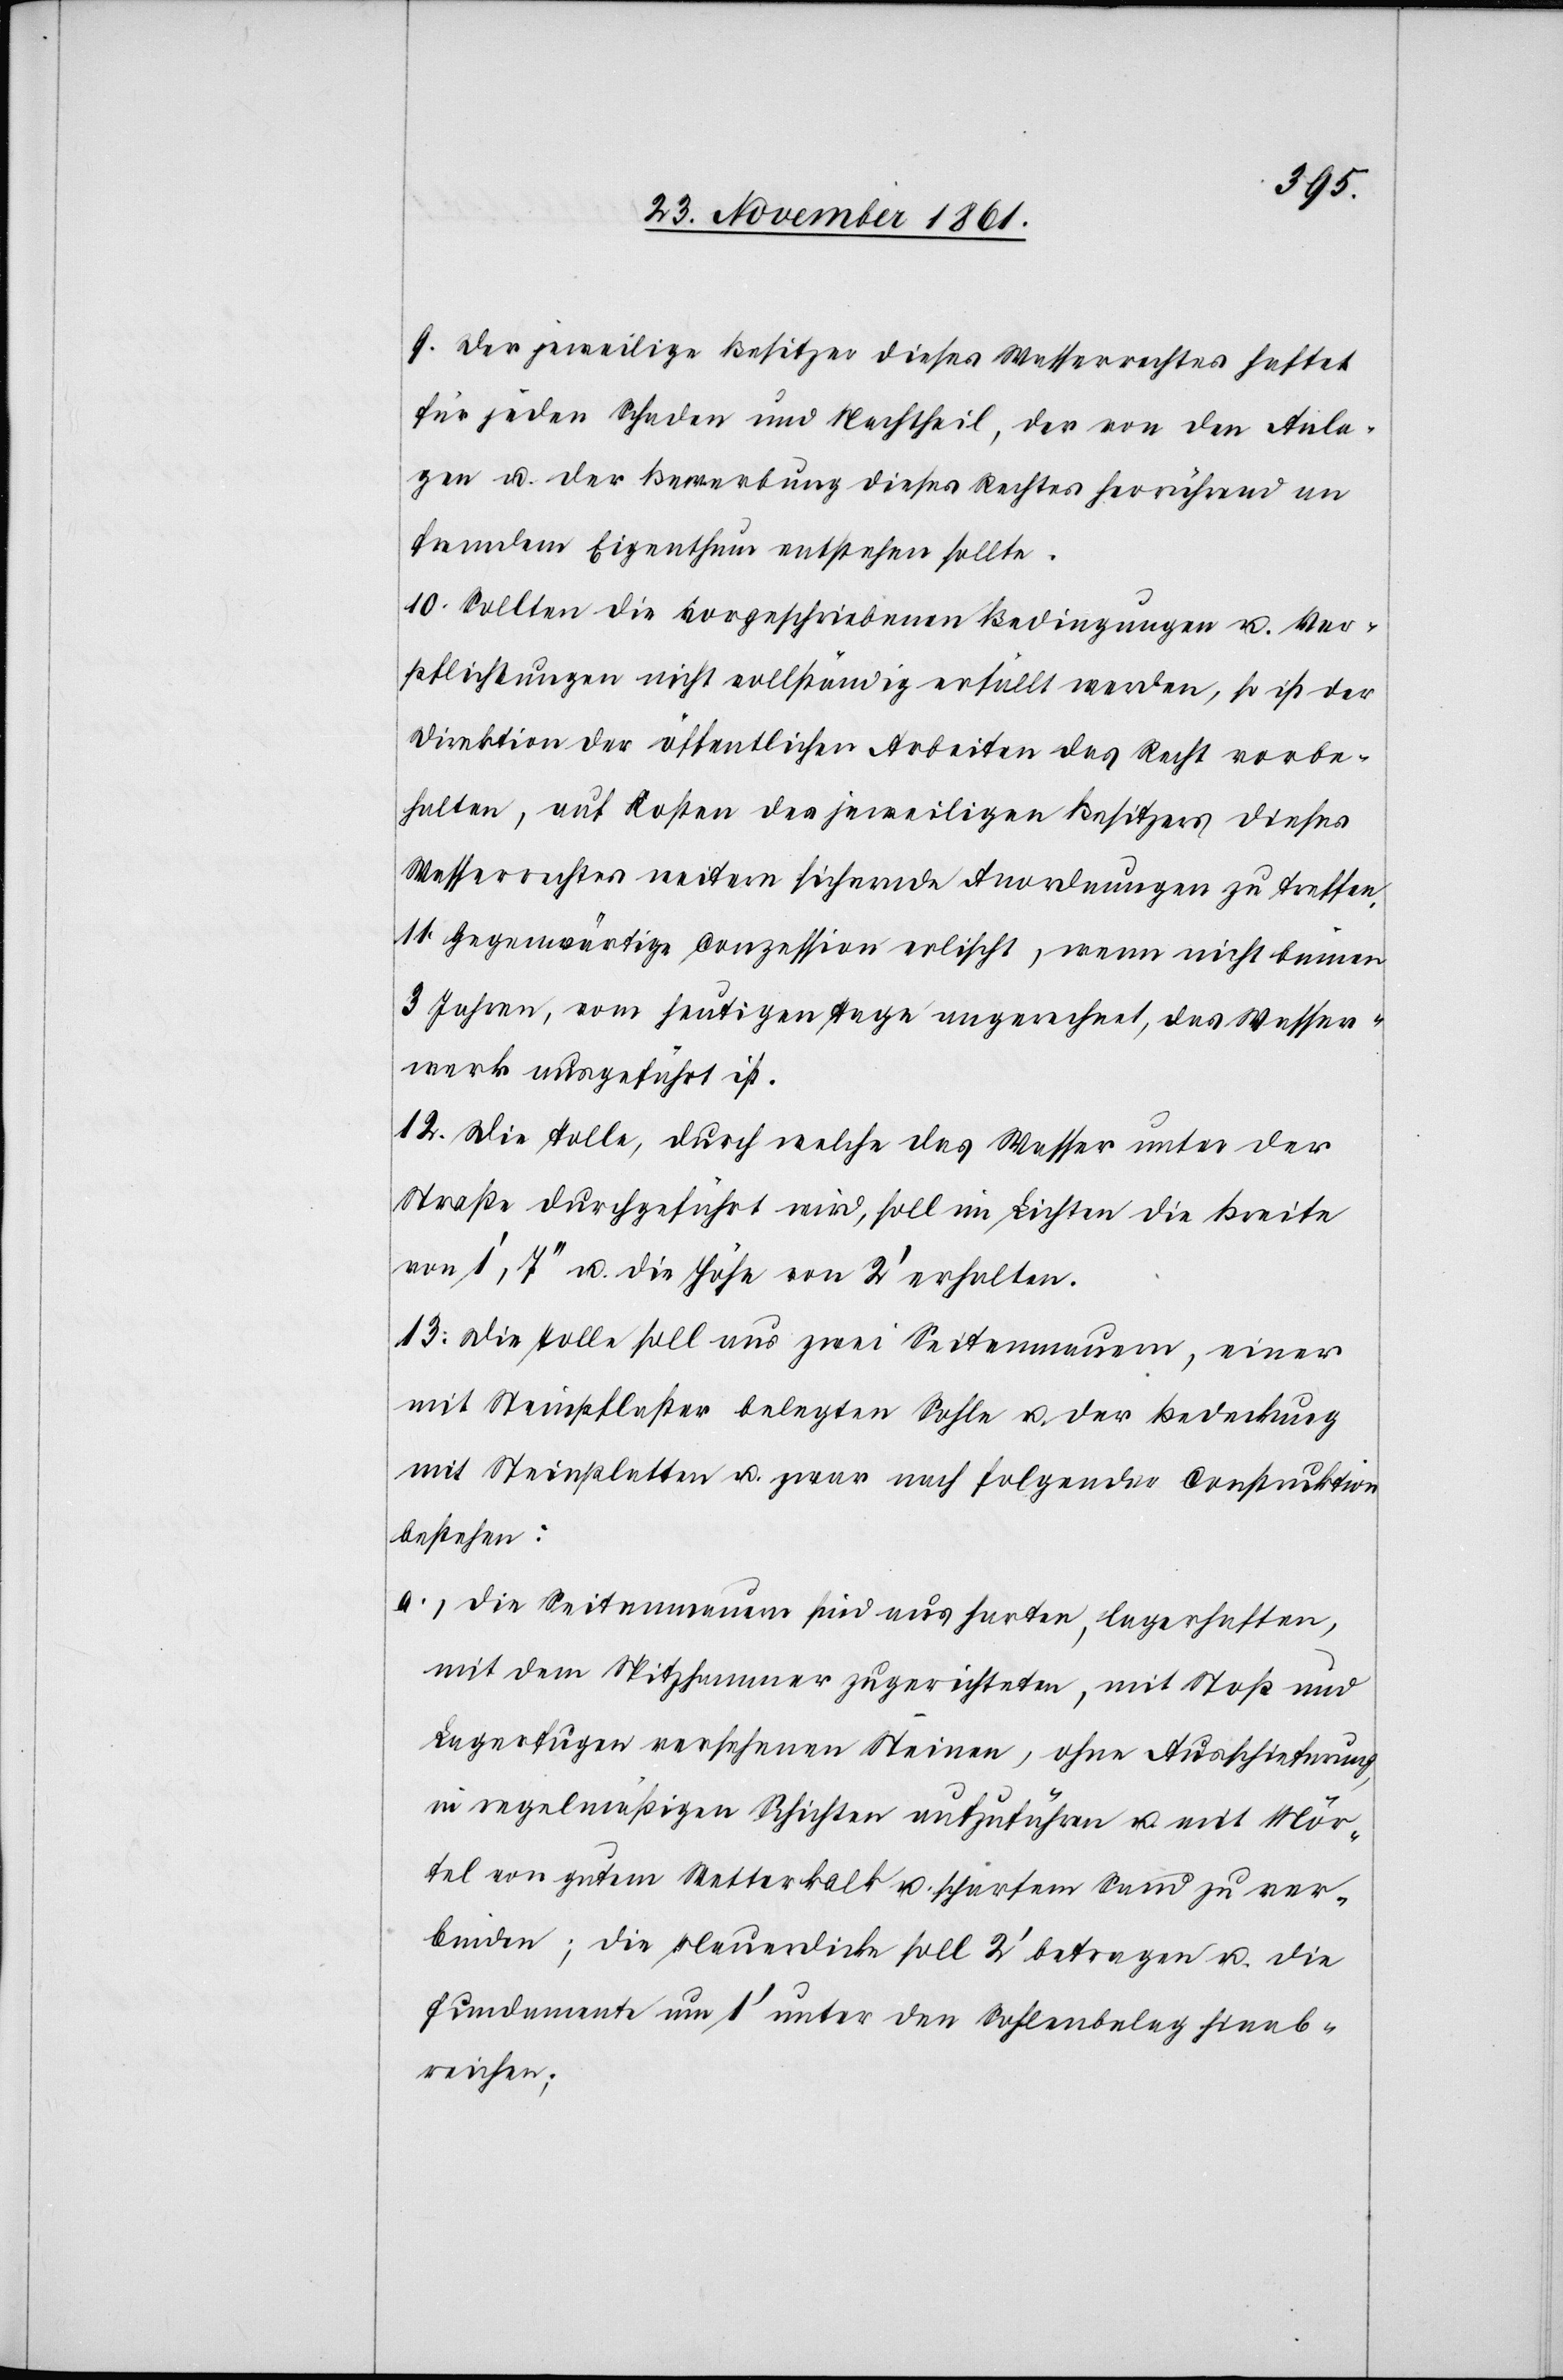
9. Der jeweilige Besitzer dieses Wasserrechtes haftet
für jeden Schaden und Nachtheil, der von den Anla¬
gen u. der Bewerbung dieses Rechtes herrührend an
fremdem Eigenthum entstehen sollte.
10. Sollten die vorgeschriebenen Bedingungen u. Ver¬
pflichtungen nicht vollständig erfüllt werden, so ist der
Direktion der öffentlichen Arbeiten das Recht vorbe¬
halten, auf Kosten des jeweiligen Besitzers dieses
Wasserrechtes weitere sichernde Anordnungen zu treffen.
11. Gegenwärtige Conzession erlischt, wenn nicht binnen
3 Jahren, vom heutigen Tage angerechnet, das Wasser¬
werk ausgeführt ist.
12. Die Tolle, durch welche das Wasser unter der
Straße durchgeführt wird, soll im Lichten die Breite
von 1‘, 7‘‘ u. die Höhe von 2‘ erhalten.
13. Die Tolle soll aus zwei Seitenmauern, einer
mit Steinpflaster belegten Sohle u. der Bedeckung
mit Steinplatten u. zwar nach folgender Construktion
bestehen:
a.) die Seitenmauern sind aus harten, lagerhaften,
mit dem Spitzhammer zugerichteten, mit Stoß und
Lagerfugen versehenen Steinen, ohne Ausschieferung
in regelmäßigen Schichten aufzuführen u. mit Mör¬
tel von gutem Wetterkalk u. scharfem Sand zu ver¬
binden, die Mauerdicke soll 2‘ betragen u. die
Fundamente um 1‘ unter den Sohlenbelag hinab¬
reichen;